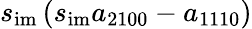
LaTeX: s_{\mathrm{im}}\left(s_{\mathrm{im}}a_{2100}-a_{1110}\right)